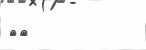
٤٢